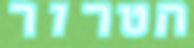
הטרור